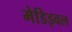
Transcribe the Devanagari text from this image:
मेडिइवल